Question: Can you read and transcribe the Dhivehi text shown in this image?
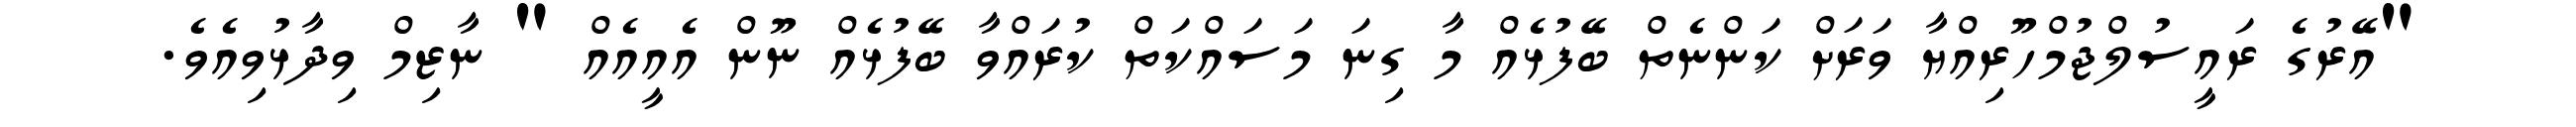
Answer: "އޭރުގެ ރައީސުލްޖުމްހޫރިއްޔާ ވަރަށް ކަންނެތް ބޭފުޅެއް މާ ގިނަ މަސައްކަތް ކުރައްވާ ބޭފުޅެއް ނޫން އެއީއެއް " ނާޒިމް ވިދާޅުވިއެވެ.